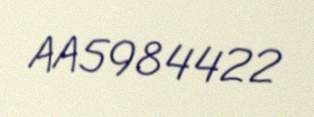
AA5984422